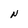
Character: N